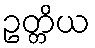
ဥတ္တိယ